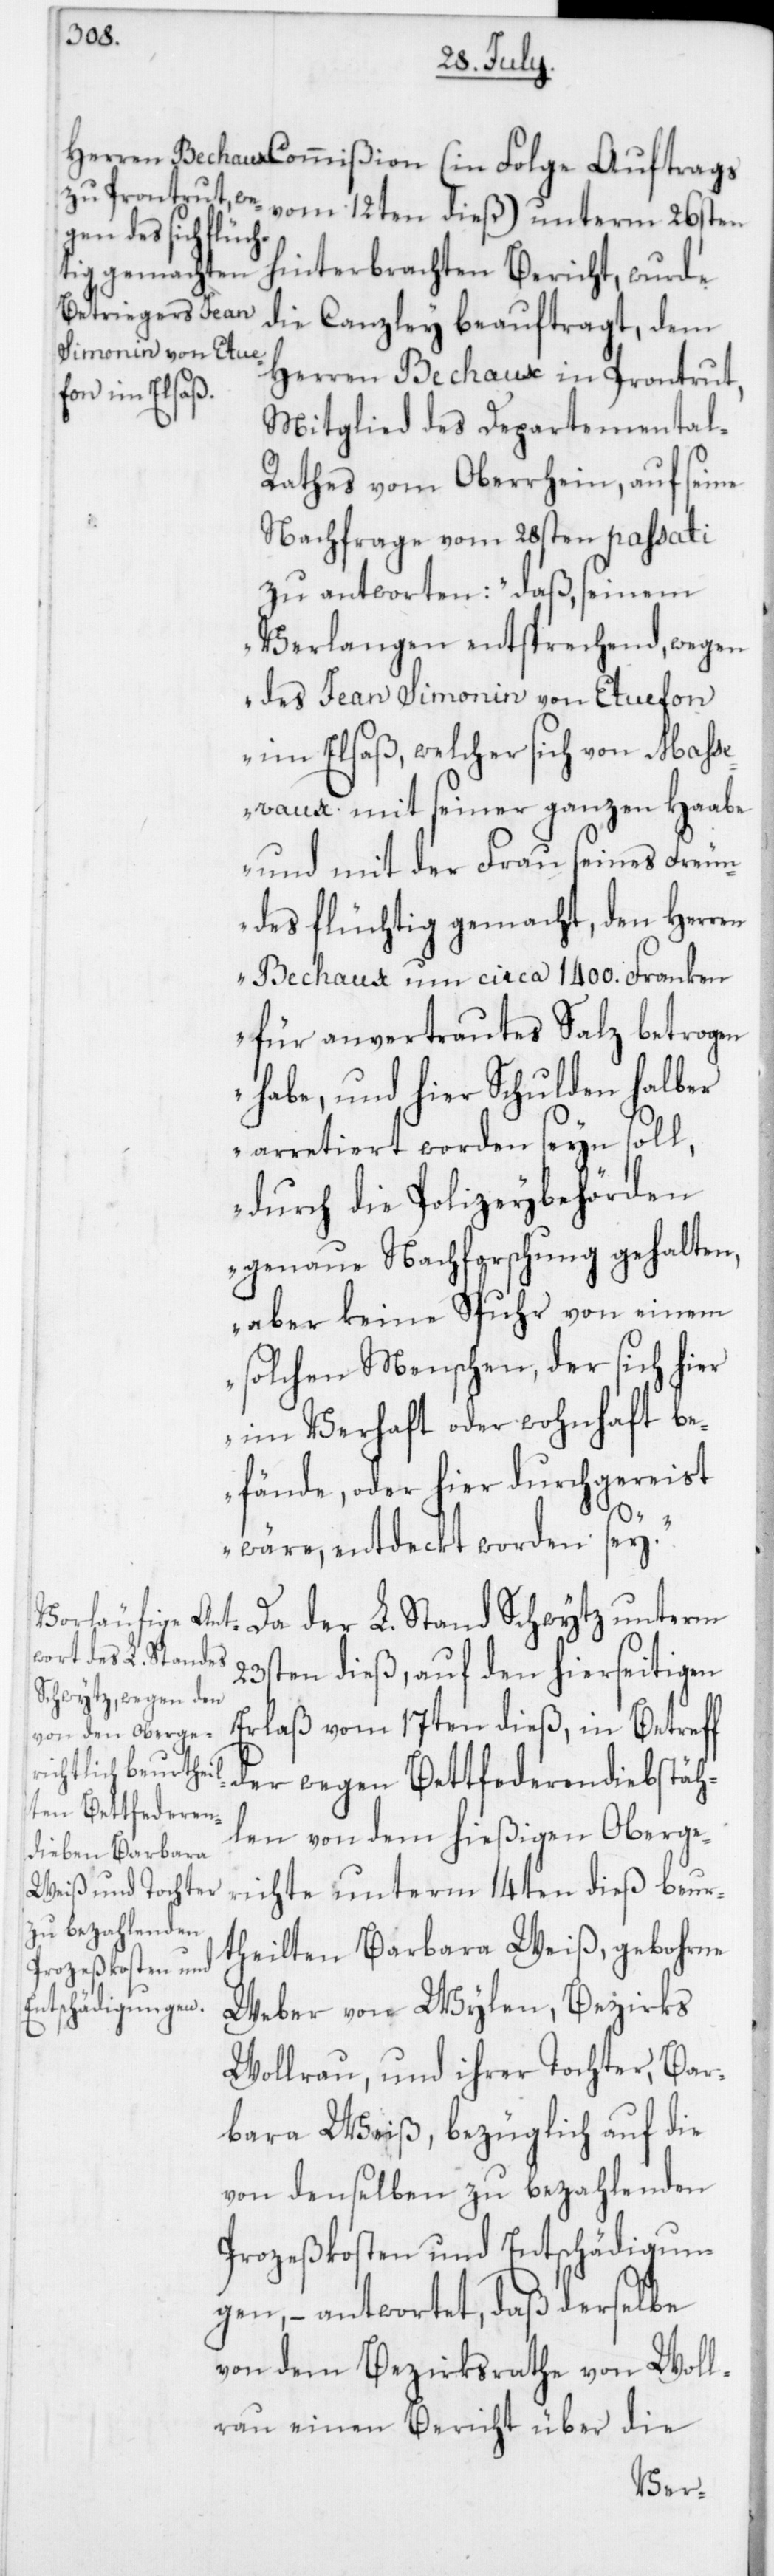
vom 12ten dieß) unterm 26sten
hinterbrachten Bericht, wurde
die Canzley beauftragt, dem
Herren Bechaux in Prontrut,
Mitglied des Departemental-R¬
athes vom Oberrhein, auf seine
Nachfrage vom 28sten passati
Verlangen entsprechend, wegen
des Jean Simonin von Etuefon
im Elsaß, welcher sich von Mass¬
evaux mit seiner ganzen Haabe
und mit der Frau seines Freu¬
ndes flüchtig gemacht, den Herren
Bechaux um circa 1400. Franken
für anvertrautes Salz betrogen
habe, und hier Schulden halber
arretiert worden seyn soll,
durch die Polizeybehörden
genaue Nachforschungen gehalten,
aber keine Spuhr von einem
solchen Menschen, der sich hier
im Verhaft oder wohnhaft b¬
efände, oder hier durchgereist
der L.
wäre, entdeckt worden sey.“
23sten dieß, auf den hierseitigen
Erlaß vom 17ten dieß, in Betreff
der wegen Bettfederendiebstäh¬
len von dem hießigen Oberge¬
richte unterm 14ten dieß beur¬
theilten Barbara Weiß, gebohrne
Weber von Wylen, Bezirks
Wollrau, und ihrer Tochter, Bar¬
bara Weiß, bezüglich auf die
von denselben zu bezahlenden
Prozeßkosten und Entschädigun¬
gen, – antwortet, daß derselbe
von dem Bezirksrathe von Woll¬
erau einen Bericht über die